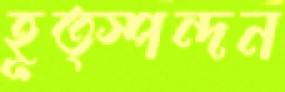
হূত্স্পন্দন